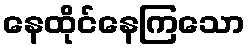
နေထိုင်နေကြသော